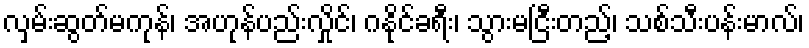
လှမ်းဆွတ်မကုန်၊ အဟုန်ပည်းလှိုင်၊ ဂနိုင်ခရီး၊ သွားမငြီးတည့်၊ သစ်သီးပန်းမာလ်၊